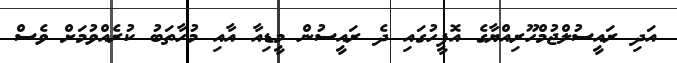
އަދި ރައީސުލްޖުމްހޫރިއްޔާގެ އޮފީހުގައި ދެ ރައީސުން މީޑިއާ އާއި މުހާތަބު ކުރެއްވުމަށް ވެސް